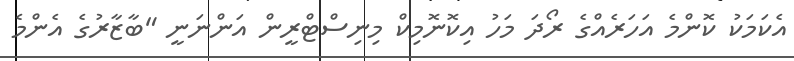
އެކަމަކު ކޮންމެ އަހަރެއްގެ ރޯދަ މަހު އިކޮނޮމިކް މިނިސްޓްރީން އަންނަނީ "ބާޒާރުގެ އެންމެ